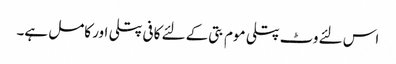
اس لئے وٹ پتلی موم بتی کے لئے کافی پتلی اور کامل ہے۔